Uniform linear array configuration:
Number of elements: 8
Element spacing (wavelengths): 0.75
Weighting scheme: binomial
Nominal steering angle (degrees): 30
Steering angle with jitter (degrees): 31.489
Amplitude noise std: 0.05
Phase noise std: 0.05

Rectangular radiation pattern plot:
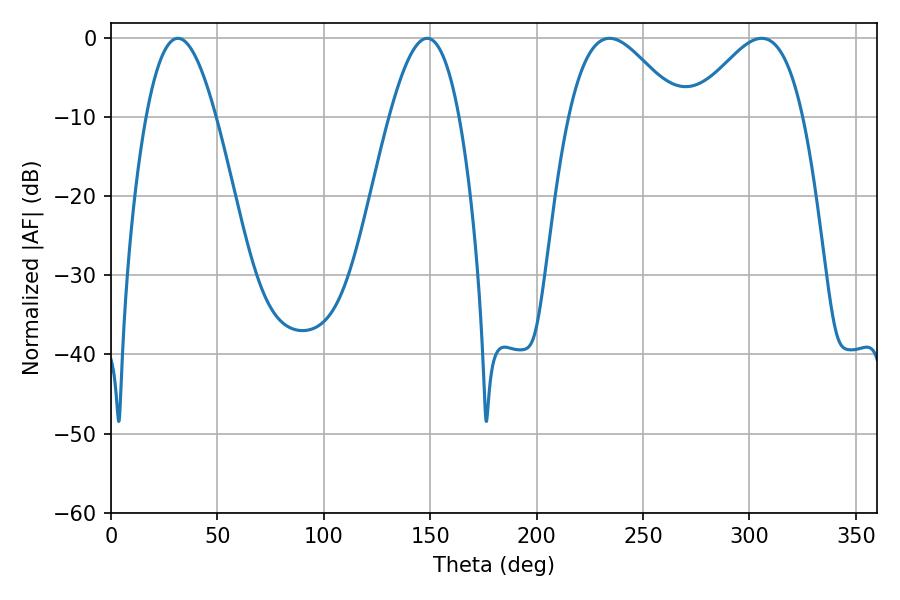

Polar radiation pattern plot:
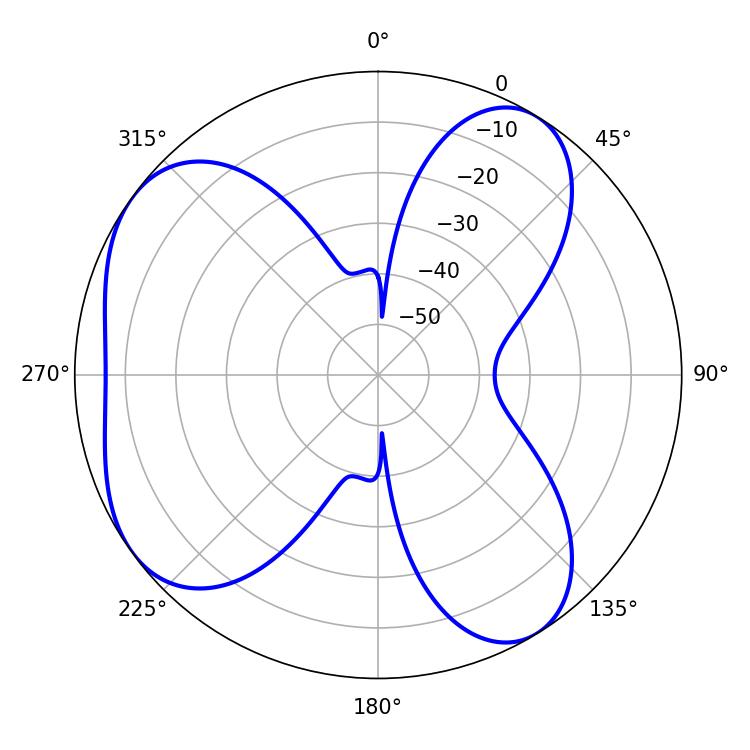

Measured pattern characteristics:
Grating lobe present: TRUE
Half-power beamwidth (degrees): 27.9
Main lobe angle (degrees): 234.18